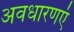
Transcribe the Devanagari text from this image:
अवधारणएं